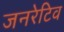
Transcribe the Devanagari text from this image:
जनरेटिव